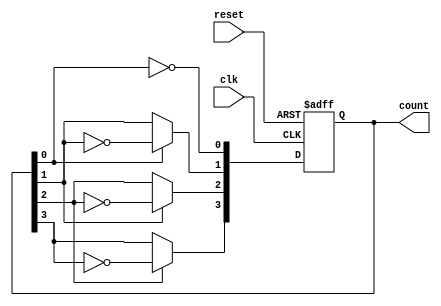
module async_ripple_counter (
    input wire clk,      // Clock input
    input wire reset,    // Asynchronous reset
    output reg [3:0] count // 4-bit counter output
);

// T flip-flop behavior
always @(posedge clk or posedge reset) begin
    if (reset) begin
        count <= 4'b0000; // Reset count to 0
    end else begin
        count[0] <= ~count[0]; // Toggle the least significant bit
        count[1] <= count[0] ? ~count[1] : count[1]; // Toggle on falling edge of count[0]
        count[2] <= count[1] ? ~count[2] : count[2]; // Toggle on falling edge of count[1]
        count[3] <= count[2] ? ~count[3] : count[3]; // Toggle on falling edge of count[2]
    end
end

endmodule